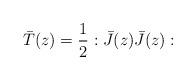
LaTeX: \begin{align*}\bar{T}(z)=\frac{1}{2}:\bar{J}(z)\bar{J}(z):\end{align*}